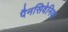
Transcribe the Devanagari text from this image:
पैनसिवेनिया